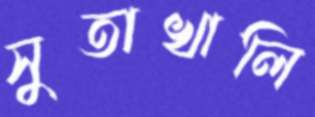
সুতাখালি